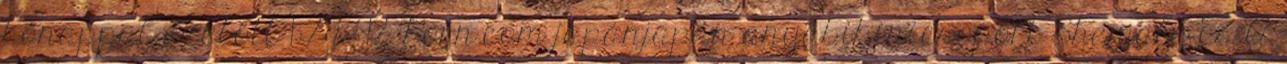
hónappal ezelőtt 1:27:42 Porn.com japánjapán anyabikinicsoport Shemale És A